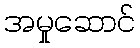
အမှုဆောင်